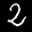
Label: 2